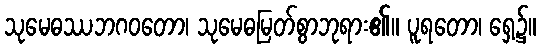
သုမေဓဿဘဂဝတော၊ သုမေဓမြတ်စွာဘုရား၏။ ပူရတော၊ ရှေ့၌။